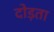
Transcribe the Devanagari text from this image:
दोड़ता